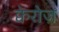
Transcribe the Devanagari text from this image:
क्वेरोज़